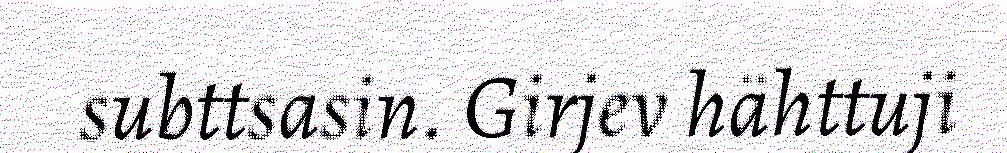
subttsasin. Girjev hähttuji